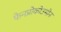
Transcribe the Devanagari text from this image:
फेनप्रोकोउमोन